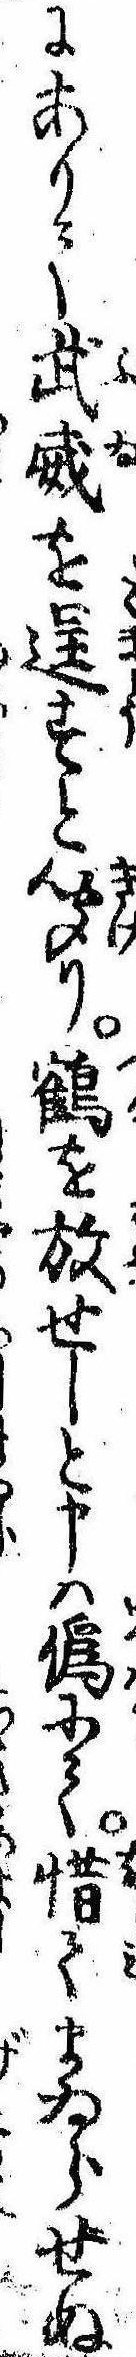
にありて武威を逞すと聞り鶴を放せしと申は偽にて惜てまゐらせぬ